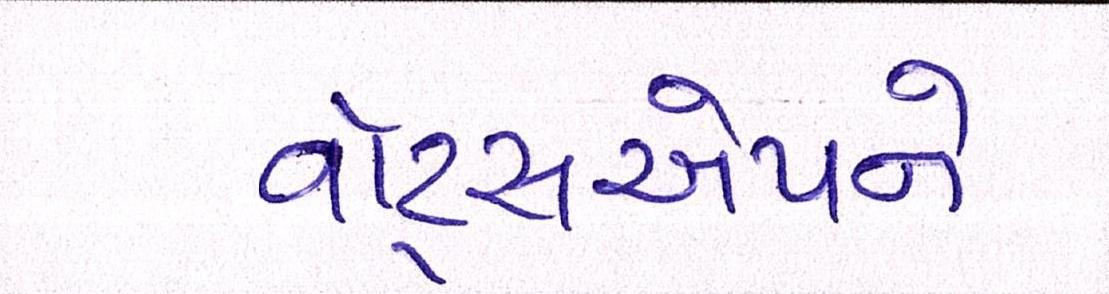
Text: વૉટ્સએપને